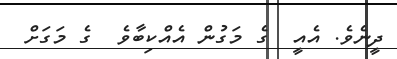
ދީނެވެ. އެއީ  ގެ މަގުން އެއްކިބާވެ  ގެ މަގަށް